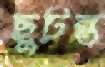
ছুটন্ত